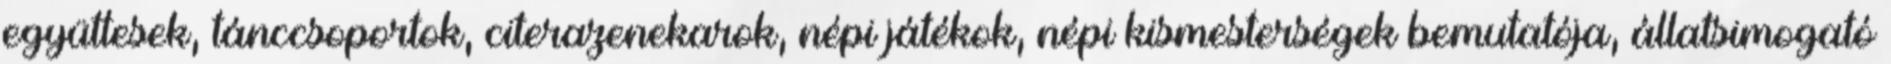
együttesek, tánccsoportok, citerazenekarok, népi játékok, népi kismesterségek bemutatója, állatsimogató